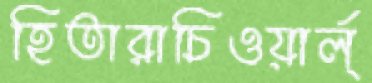
হিতারাচিওয়ার্ল্